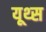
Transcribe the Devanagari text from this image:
यूथ्स